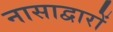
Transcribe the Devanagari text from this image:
नासाद्वारों